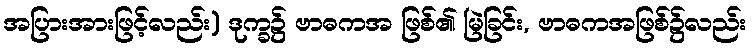
အပြားအားဖြင့်လည်း) ဒုက္ခ၌ ဗာဓကအ ဖြစ်၏ မြဲခြင်း, ဗာဓကအဖြစ်၌လည်း